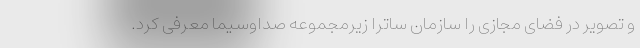
و تصویر در فضای مجازی را سازمان ساترا زیرمجموعه صداوسیما معرفی کرد.